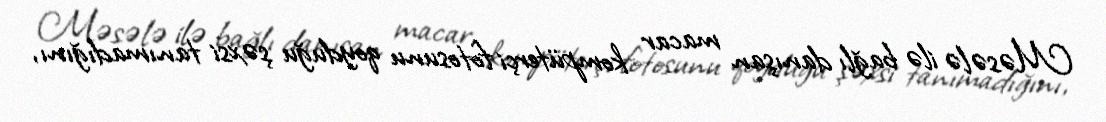
Məsələ ilə bağlı danışan macar kompüterçi fotosunu qoyduğu şəxsi tanımadığını,